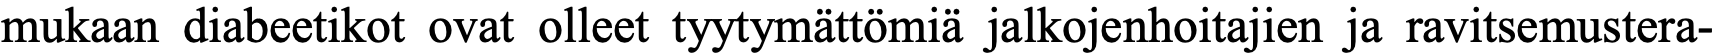
mukaan diabeetikot ovat olleet tyytymättömiä jalkojenhoitajien ja ravitsemustera-